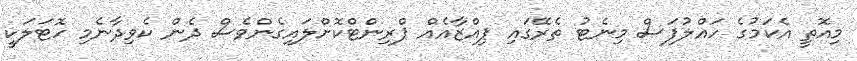
މިއޮތީ އެކަމުގެ ހައްލުފަސް މިނެޓު ތެރޭގައި ޕިއްޒާއެއް ޕްރިންޓްކޮށްލައިގެންވެސް ދެން ކެވިދާނެމި ހޮޓަލަކީ